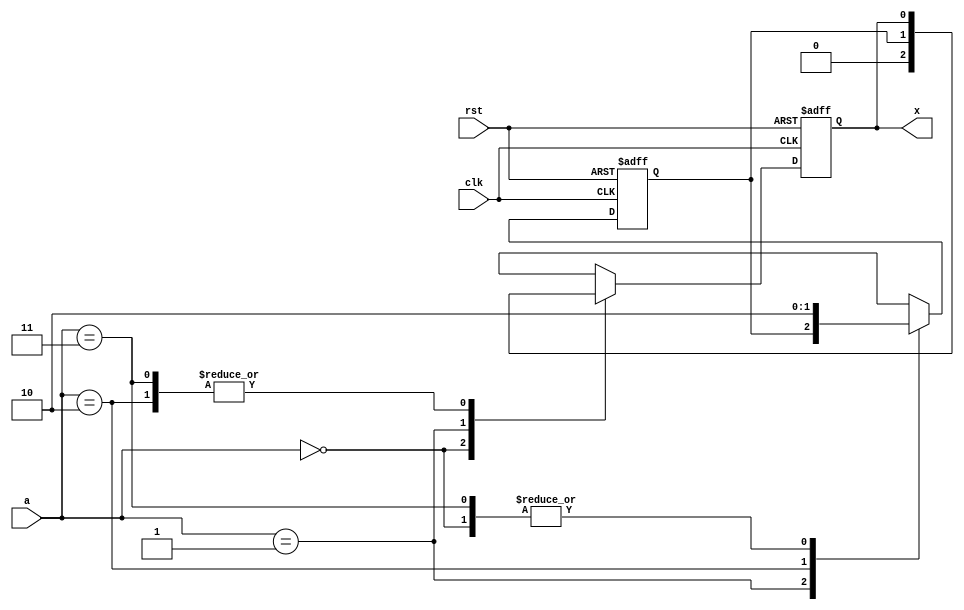
// Generated by MyHDL 0.8


`timescale 1ns/10ps

module top (
    x,clk,rst,a
);

output x;
reg x;
input clk;
input rst;
input [1:0] a;

always @(posedge clk, negedge rst) begin: DESIGN_PROCESSOR
    reg i;
    if (!rst) begin
        i = 0;
        x = 0;
    end
    else begin
        case (a)
            2'b00: begin
				x = 0;
                i = 0;
            end
            2'b01: begin
                x = i;
            end
            2'b10: begin
                i = 1;
            end
            2'b11: begin
                i = 0;
            end
            default: begin
                x = 0;
                i = 0;
            end
        endcase
    end
end

endmodule